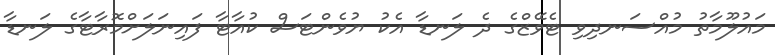
މައުލޫމާތު މުއްސަނދިވި ޓެވޭޒްގެ ދެ ލަނޑާ އެކު ޔުވެންޓަސް ކުއާޓާ ފައިނަލަށްމޮރާޓާގެ ލަނޑާ